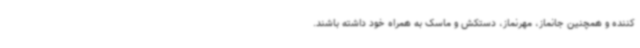
کننده و همچنین جانماز، مهرنماز، دستکش و ماسک به همراه خود داشته باشند.